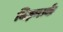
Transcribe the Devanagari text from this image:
बिज़्मार्क